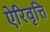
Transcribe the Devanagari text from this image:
ऐरिवृत्ति